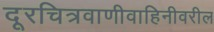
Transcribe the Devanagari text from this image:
दूरचित्रवाणीवाहिनीवरील